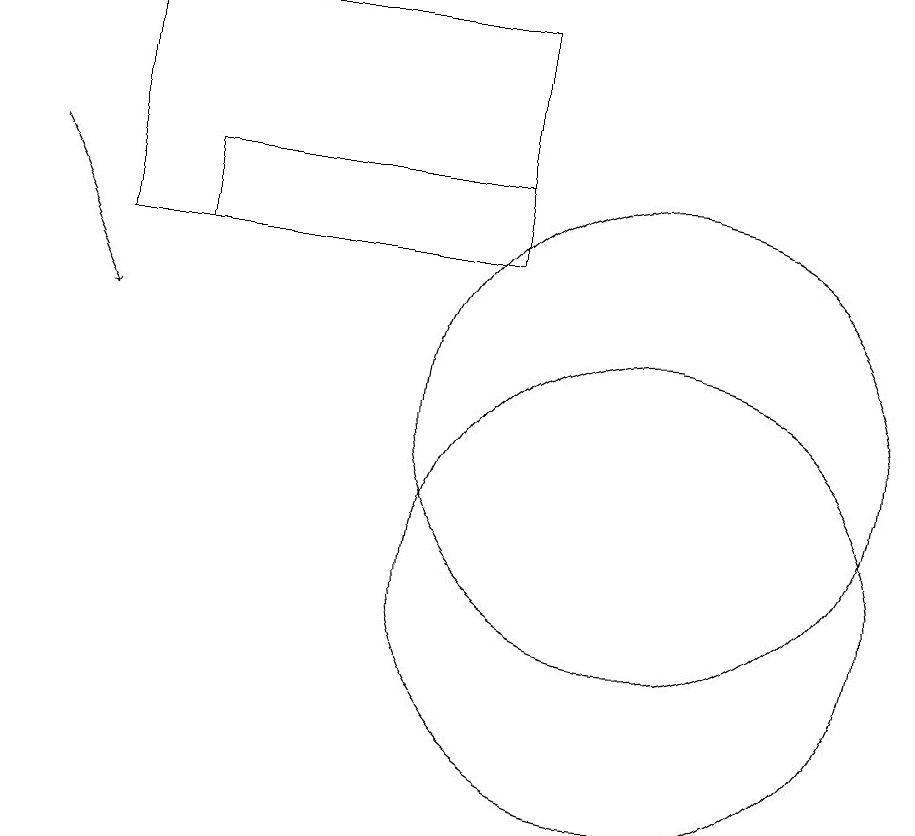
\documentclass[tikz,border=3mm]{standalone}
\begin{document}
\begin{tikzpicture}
\draw (10,12) circle (0);
\draw (3,17) rectangle (8,14);
\draw (4,15) rectangle (8,14);
\draw (10,10) circle (3);
\draw[->] (2,15) -- (3,13);
\draw (10,12) circle (3);
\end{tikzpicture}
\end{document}